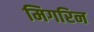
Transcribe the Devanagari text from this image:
मिगरिन